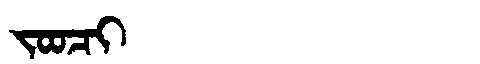
Manchu: ᠵᠣᠣᠴᡳ
Romanization: JOOCI